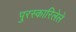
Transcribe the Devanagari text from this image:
पुरस्कारिलेले